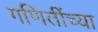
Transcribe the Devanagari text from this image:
गणितींच्या